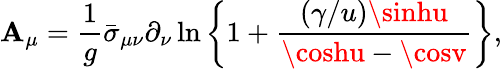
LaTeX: \mathbf{A}_{\mu}=\frac{{1}}{{g}}\bar{{\sigma}}_{\mu\nu}\partial_{\nu}\ln\left\{ 1+\frac{{(\gamma/u)\sinhu}}{{\coshu-\cosv}}\right\} ,